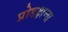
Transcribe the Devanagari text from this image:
प्रोडक्षन्स